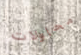
محاولات